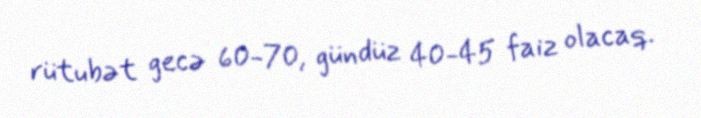
rütubət gecə 60-70, gündüz 40-45 faiz olacaq.